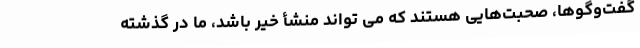
گفت‌وگوها، صحبت‌هایی هستند که می تواند منشأ خیر باشد، ما در گذشته